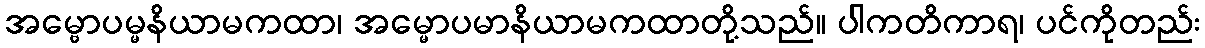
အမ္ဗောပမ္မနိယာမကထာ၊ အမ္မောပမာနိယာမကထာတို့သည်။ ပါကတိကာရ၊ ပင်ကိုတည်း